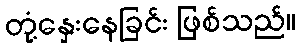
တုံ့နှေးနေခြင်း ဖြစ်သည်။